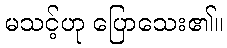
မသင့်ဟု ပြောသေး၏။